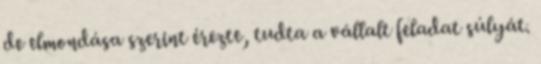
de elmondása szerint érezte, tudta a vállalt feladat súlyát.